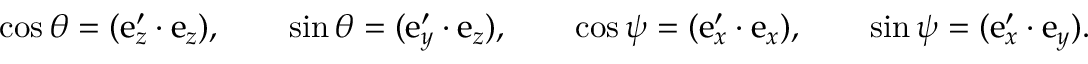
\begin{array} { r } { \cos \theta = ( \boldsymbol { \mathrm { e } } _ { z } ^ { \prime } \cdot \boldsymbol { \mathrm { e } } _ { z } ) , \qquad \sin \theta = ( \boldsymbol { \mathrm { e } } _ { y } ^ { \prime } \cdot \boldsymbol { \mathrm { e } } _ { z } ) , \qquad \cos \psi = ( \boldsymbol { \mathrm { e } } _ { x } ^ { \prime } \cdot \boldsymbol { \mathrm { e } } _ { x } ) , \qquad \sin \psi = ( \boldsymbol { \mathrm { e } } _ { x } ^ { \prime } \cdot \boldsymbol { \mathrm { e } } _ { y } ) . } \end{array}